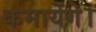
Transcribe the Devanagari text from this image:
कमायेंगे।